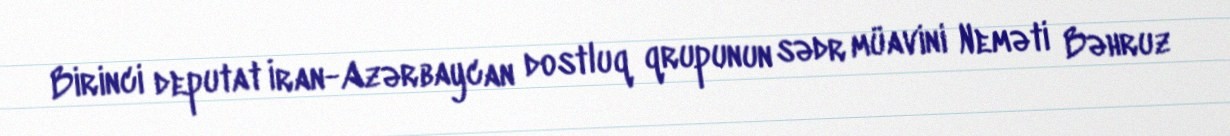
Birinci deputat İran-Azərbaycan dostluq qrupunun sədr müavini Neməti Bəhruz